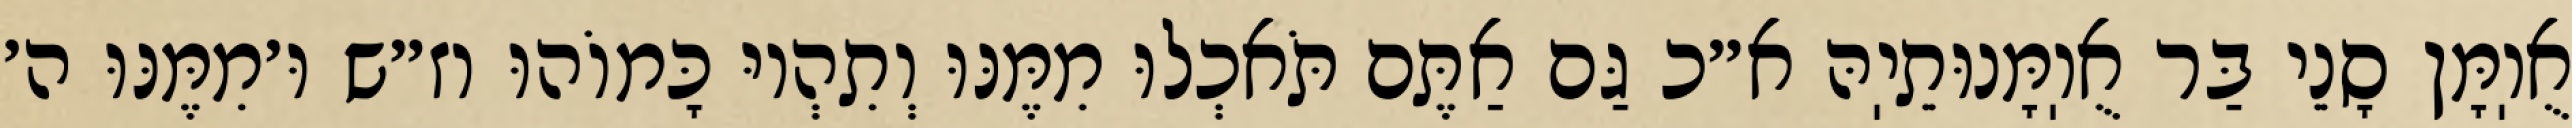
אֻוֽמָּן סָנֵי בַּר אֻוֽמָּנוּתֵיֽהּ א״כ גַּם אַתֶּם תֹּאכְלוּ מִמֶּנּוּ וְתִהְיוּ כָּמוֹהוּ וז״ש וּ׳מִמֶּנּוּ ה׳